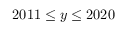
2 0 1 1 \le y \le 2 0 2 0